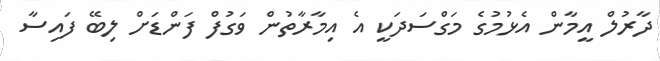
ދާރުލް އީމާން އެޅުމުގެ މަގްސަދަކީ އެ އިމާރާތުން ވަގުފް ފަންޑަށް ލިބޭ ފައިސާ